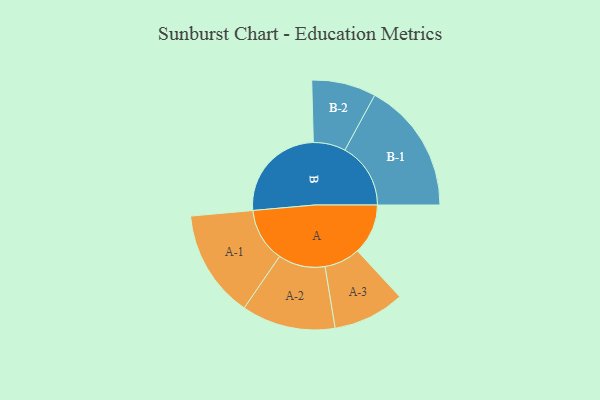
{"axis": {"x": "Segment", "y": "Value"}, "legend": ["", "A", "B"], "data": [{"x": "A", "y": 209, "type": ""}, {"x": "B", "y": 414, "type": ""}, {"x": "A-1", "y": 223, "type": "A"}, {"x": "A-2", "y": 194, "type": "A"}, {"x": "A-3", "y": 148, "type": "A"}, {"x": "B-1", "y": 272, "type": "B"}, {"x": "B-2", "y": 133, "type": "B"}]}